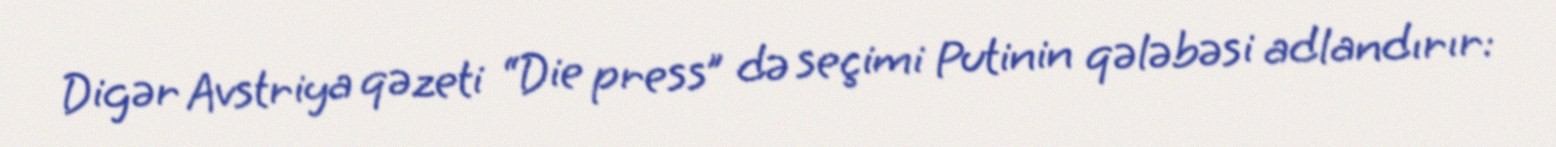
Digər Avstriya qəzeti “Die press” də seçimi Putinin qələbəsi adlandırır: